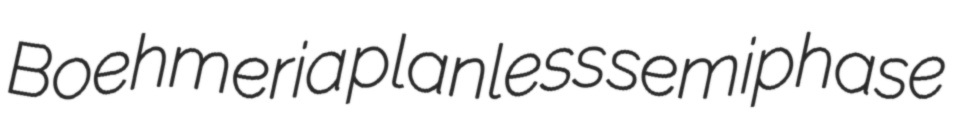
Boehmeria planless semiphase